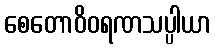
စေတောဝိဝရဏသပ္ပါယာ